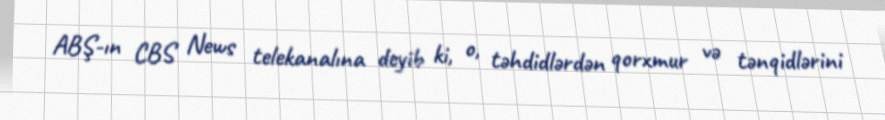
ABŞ-ın CBS News telekanalına deyib ki, o, təhdidlərdən qorxmur və tənqidlərini